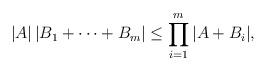
LaTeX: \begin{align*}|A|\,|B_1+\dots +B_m| \le \prod\limits_{i=1}^m|A+B_i|,\end{align*}